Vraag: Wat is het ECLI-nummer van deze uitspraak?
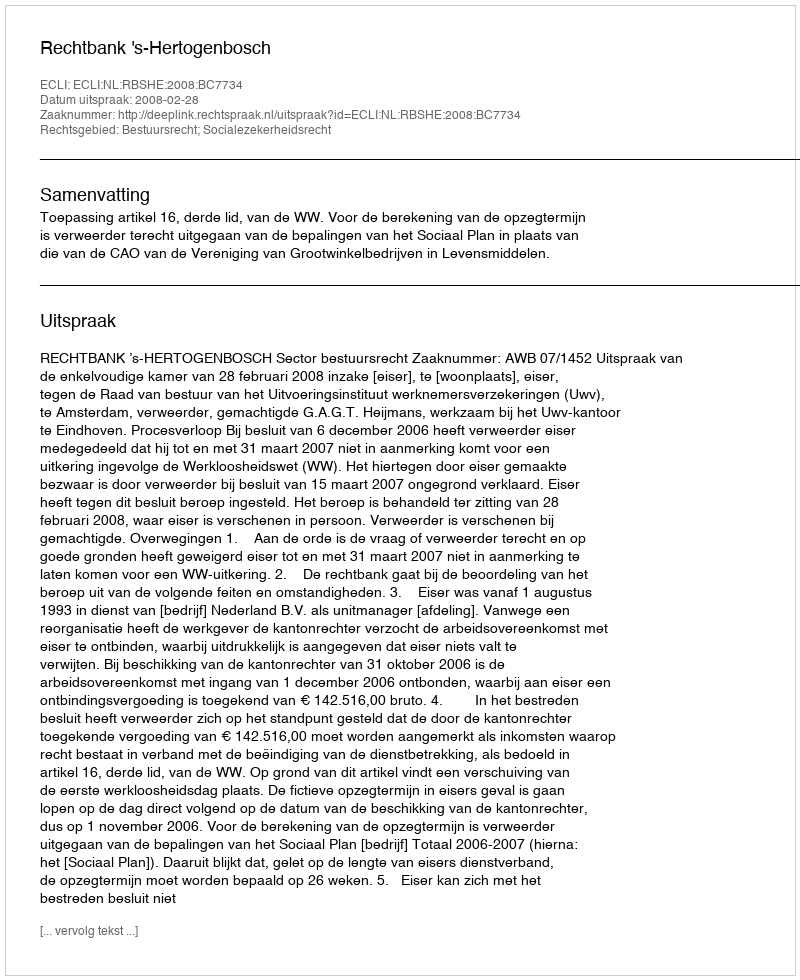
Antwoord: ECLI:NL:RBSHE:2008:BC7734